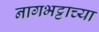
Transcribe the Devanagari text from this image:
नागभट्टाच्या